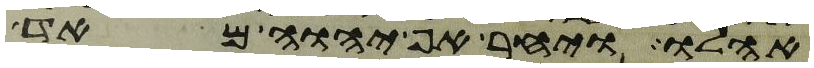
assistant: אהלו ויחר אף יהוה מאד